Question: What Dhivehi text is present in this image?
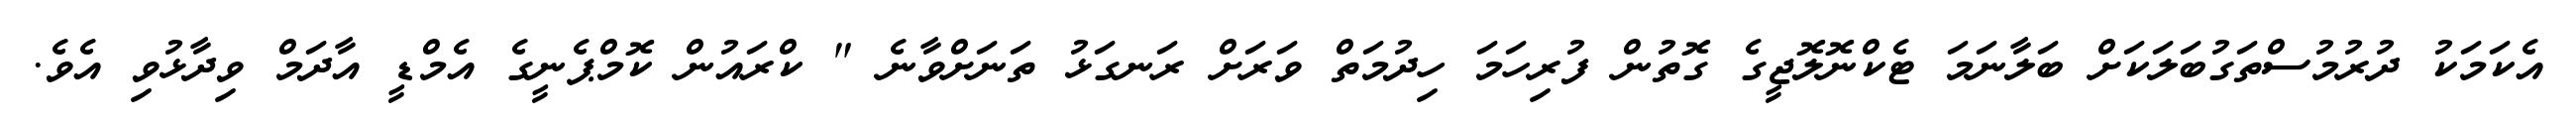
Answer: އެކަމަކު ދުރުމުސްތަގުބަލަކަށް ބަލާނަމަ ޓެކްނޮލޮޖީގެ ގޮތުން ފުރިހަމަ ހިދުމަތް ވަރަށް ރަނގަޅު ތަނަށްވާނެ " ކްރައުން ކޮމްޕެނީގެ އެމްޑީ އާދަމް ވިދާޅުވި އެވެ.